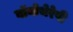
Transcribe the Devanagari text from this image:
बॉयोथेरेपी